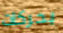
بحركات